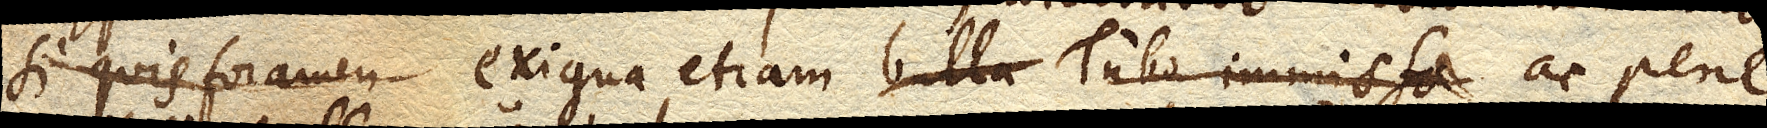
si quis foramen exigua etiam bulla Tubo immissa ac pene